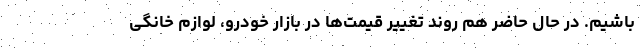
باشیم. در حال حاضر هم روند تغییر قیمت‌ها در بازار خودرو، لوازم خانگی